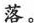
落。